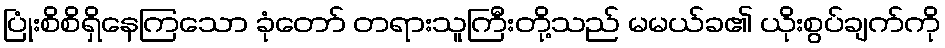
ပြုံးစိစိရှိနေကြသော ခုံတော် တရားသူကြီးတို့သည် မမယ်ခ၏ ယိုးစွပ်ချက်ကို